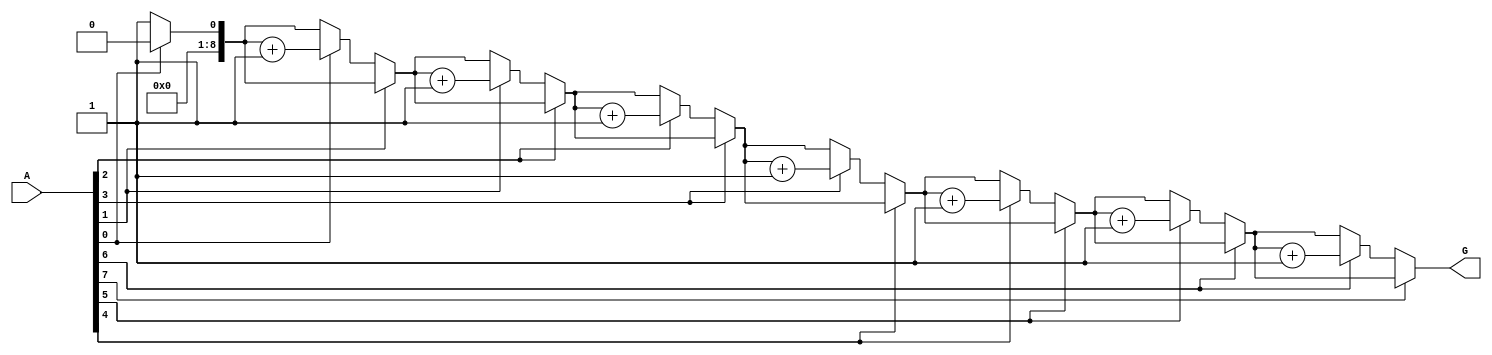
module GroupingOfZeros #(
    parameter N = 8 // Length of the input vector
)(
    input  wire [N-1:0] A, // Input binary vector
    output reg  [N:0] G // Output count of groups of contiguous zeros
);

    integer i;
    reg in_zero_group; // Flag to indicate if we are in a zero group

    always @(*) begin
        G = 0; // Initialize group count
        in_zero_group = 0; // Reset the zero group flag

        for (i = 0; i < N; i = i + 1) begin
            if (A[i] == 0) begin
                if (!in_zero_group) begin
                    // We found the start of a new zero group
                    G = G + 1; // Increment the group count
                    in_zero_group = 1; // Set the flag to indicate we are in a zero group
                end
            end else begin
                // We are in a '1', so we exit the zero group
                in_zero_group = 0; // Reset the flag
            end
        end
    end

endmodule